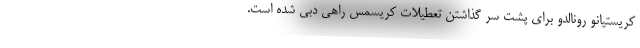
کریستیانو رونالدو برای پشت سر گذاشتن تعطیلات کریسمس راهی دبی شده است.